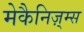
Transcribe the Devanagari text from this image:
मेकैनिज़्म्स